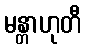
မန္တာဟုတီ